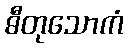
ဓီတုသောကံ